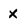
Character: X